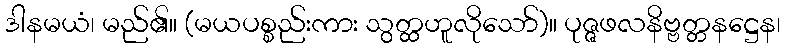
ဒါနမယံ၊ မည်၏။ (မယပစ္စည်းကား သွတ္ထဟူလိုသော်)။ ပုဇ္ဇဖလနိဗ္ဗတ္တနဋ္ဌေန၊